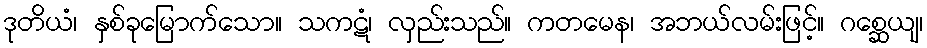
ဒုတိယံ၊ နှစ်ခုမြောက်သော။ သကဋံ၊ လှည်းသည်။ ကတမေန၊ အဘယ်လမ်းဖြင့်။ ဂစ္ဆေယျ၊